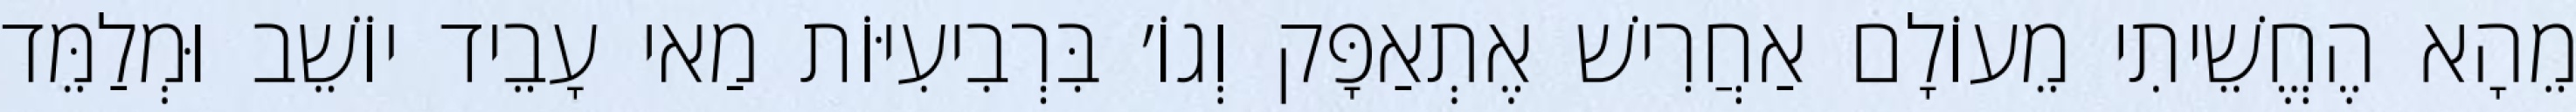
מֵהָא הֶחֱשֵׁיתִי מֵעוֹלָם אַחֲרִישׁ אֶתְאַפָּק וְגוֹ׳ בִּרְבִיעִיּוֹת מַאי עָבֵיד יוֹשֵׁב וּמְלַמֵּד